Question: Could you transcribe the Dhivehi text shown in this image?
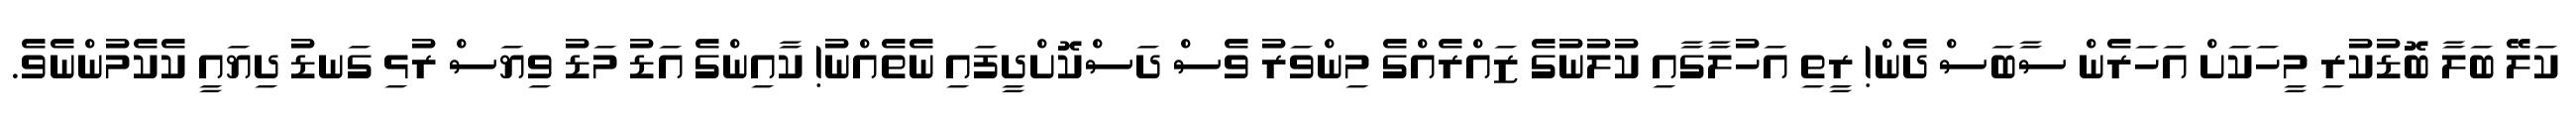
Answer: ކަލޭ ބަލާ ބޮޑުކުރި މީހަކަށް އަހަރެން ސާބަސް ދެން! ރީތި އަހުލާގާއި ކުލުނުގެ ޒައްރެއްގެ މިންވަރު ވެސް ދަސްކޮށްދީފައި ނެތެއްނު! ކާއިންގެ އަޑު މަޑު ވިޔަސް ރުޅި ގަނޑު ދިޔައީ ކެކެމުންނެވެ.